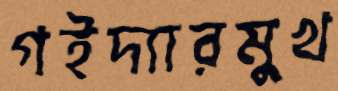
গইদ্যারমুখ